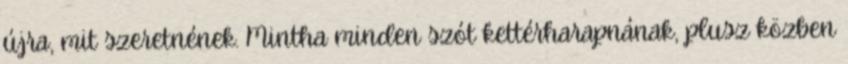
újra, mit szeretnének. Mintha minden szót kettérharapnának, plusz közben